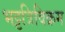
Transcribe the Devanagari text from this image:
भट्टत्रिविक्रम